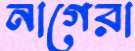
নাগেরা